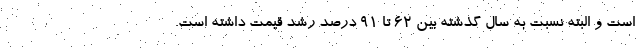
است و البته نسبت به سال گذشته بین ۶۲ تا ۹۱ درصد رشد قیمت داشته است.